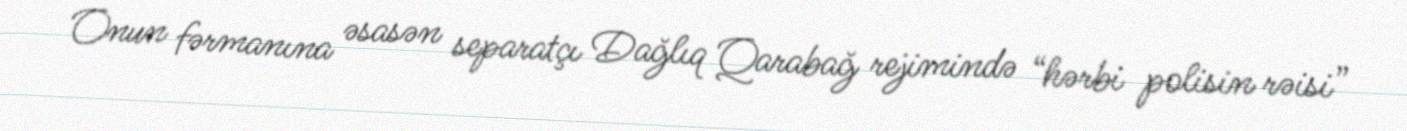
Onun fərmanına əsasən separatçı Dağlıq Qarabağ rejimində “hərbi polisin rəisi”